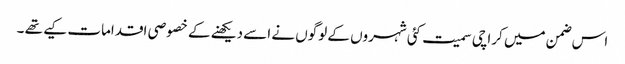
اس ضمن میں کراچی سمیت کئی شہروں کے لوگوں نے اسے دیکھنے کے خصوصی اقدامات کیے تھے ۔